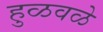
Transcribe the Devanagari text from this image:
हुळवळे